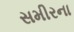
સમીરના